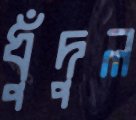
ধুঁদুল